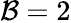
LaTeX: \mathcal{B}=2